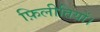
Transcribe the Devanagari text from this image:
फ़िलीतियों।